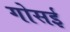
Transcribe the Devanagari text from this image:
गोसई